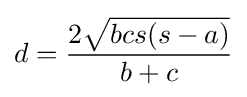
d={\frac {2{\sqrt {bcs(s-a)}}}{b+c}}